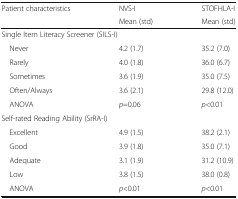
<table><thead><tr><td><b>Patient characteristics</b></td><td><b>NVS-I</b></td><td><b>STOFHLA-I</b></td></tr><tr><td></td><td><b>Mean (std)</b></td><td><b>Mean (std)</b></td></tr></thead><tbody><tr><td colspan="3">Single Item Literacy Screener (SILS-I)</td></tr><tr><td> Never</td><td>4.2 (1.7)</td><td>35.2 (7.0)</td></tr><tr><td> Rarely</td><td>4.0 (1.8)</td><td>36.0 (6.7)</td></tr><tr><td> Sometimes</td><td>3.6 (1.9)</td><td>35.0 (7.5)</td></tr><tr><td> Often/Always</td><td>3.6 (2.1)</td><td>29.8 (12.0)</td></tr><tr><td> ANOVA</td><td><i>p</i>=0.06</td><td><i>p</i>&lt;0.01</td></tr><tr><td colspan="3">Self-rated Reading Ability (SrRA-I)</td></tr><tr><td> Excellent</td><td>4.9 (1.5)</td><td>38.2 (2.1)</td></tr><tr><td> Good</td><td>3.9 (1.8)</td><td>35.0 (7.1)</td></tr><tr><td> Adequate</td><td>3.1 (1.9)</td><td>31.2 (10.9)</td></tr><tr><td> Low</td><td>3.8 (1.5)</td><td>38.0 (0.8)</td></tr><tr><td> ANOVA</td><td><i>p</i>&lt;0.01</td><td><i>p</i>&lt;0.01</td></tr></tbody></table>